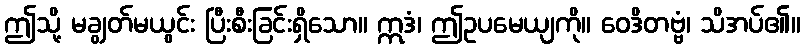
ဤသို့ မချွတ်မယွင်း ပြီးစီးခြင်းရှိသော။ ဣဒံ၊ ဤဥပမေယျကို။ ဝေဒိတဗ္ဗံ၊ သိအပ်၏။